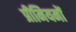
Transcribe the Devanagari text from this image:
प्रीमियमों